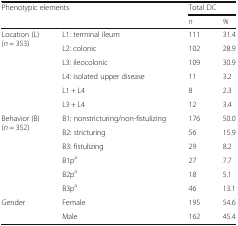
<table><thead><tr><td rowspan="2" colspan="2"><b>Phenotypic elements</b></td><td colspan="2"><b>Total DC</b></td></tr><tr><td><b><i>n</i></b></td><td><b><i>%</i></b></td></tr></thead><tbody><tr><td rowspan="6">Location (L)(<i>n</i> = 353)</td><td>L1: terminal ileum</td><td>111</td><td>31.4</td></tr><tr><td>L2: colonic</td><td>102</td><td>28.9</td></tr><tr><td>L3: ileocolonic</td><td>109</td><td>30.9</td></tr><tr><td>L4: isolated upper disease</td><td>11</td><td>3.2</td></tr><tr><td>L1 + L4</td><td>8</td><td>2.3</td></tr><tr><td>L3 + L4</td><td>12</td><td>3.4</td></tr><tr><td rowspan="6">Behavior (B)(<i>n</i> = 352)</td><td>B1: nonstricturing/non-fistulizing</td><td>176</td><td>50.0</td></tr><tr><td>B2: stricturing</td><td>56</td><td>15.9</td></tr><tr><td>B3: fistulizing</td><td>29</td><td>8.2</td></tr><tr><td>B1p<sup>a</sup></td><td>27</td><td>7.7</td></tr><tr><td>B2p<sup>a</sup></td><td>18</td><td>5.1</td></tr><tr><td>B3p<sup>a</sup></td><td>46</td><td>13.1</td></tr><tr><td rowspan="2">Gender</td><td>Female</td><td>195</td><td>54.6</td></tr><tr><td>Male</td><td>162</td><td>45.4</td></tr></tbody></table>